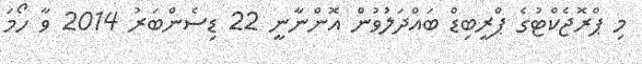
މި ޕްރޮޖެކްޓުގެ ޕްރީބިޑް ބައްދަލުވުން އޮންނާނީ 22 ޑިސެންބަރު 2014 ވާ ހޯމަ